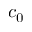
c _ { 0 }